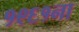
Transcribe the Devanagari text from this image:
१९६१ना